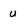
Character: u